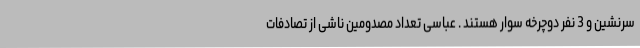
سرنشین و 3 نفر دوچرخه سوار هستند . عباسی تعداد مصدومین ناشی از تصادفات